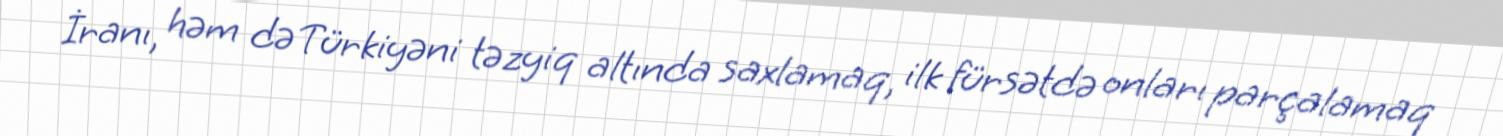
İranı, həm də Türkiyəni təzyiq altında saxlamaq, ilk fürsətdə onları parçalamaq